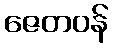
ဇေတဝန်